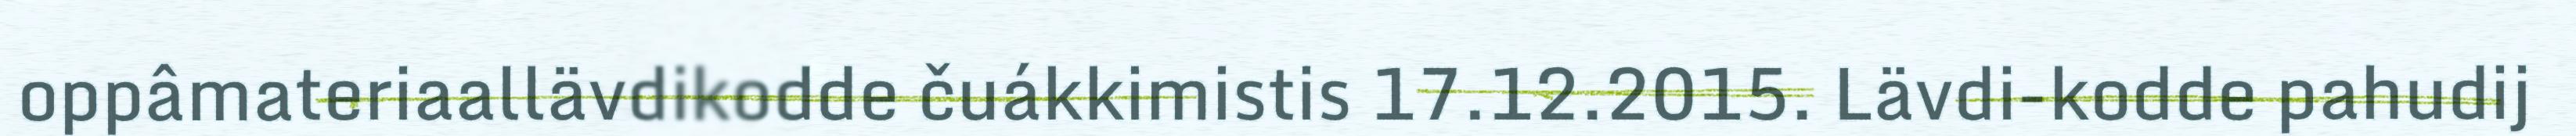
oppâmateriaallävdikodde čuákkimistis 17.12.2015. Lävdi-kodde pahudij